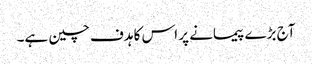
آج بڑے پیمانے پر اس کا ہدف چین ہے۔